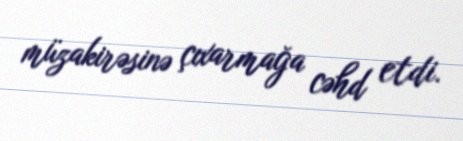
müzakirəsinə çıxarmağa cəhd etdi.